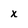
Character: x